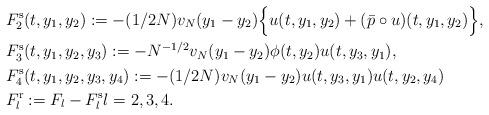
LaTeX: \begin{align*}& F_2^\mathrm{s}(t,y_1,y_2):=-(1/2N)v_N(y_1-y_2)\Big\{u(t,y_1,y_2)+(\bar p\circ u)(t,y_1,y_2)\Big\},\\&F_3^\mathrm{s}(t,y_1,y_2,y_3):=-N^{-1/2}v_N(y_1-y_2)\phi(t,y_2)u(t,y_3,y_1),\\& F_4^\mathrm{s}(t,y_1,y_2,y_3,y_4):=-(1/2N)v_N(y_1-y_2)u(t,y_3,y_1)u(t,y_2,y_4)\\& F_l^{\mathrm{r}}:=F_l- F_l^{\mathrm{s}}l=2,3,4.\end{align*}